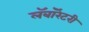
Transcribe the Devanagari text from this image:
लॅबॉरेटरी